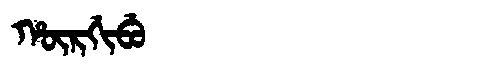
Manchu: ᡥᡡᡵᡤᡳᠪᡠ
Romanization: HŪRGIBU